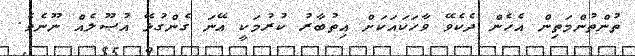
ތުންތުންމަތިން އެހެން ދެކެވޭ ވާހަކައަކަށް އިތުބާރު ކުރުމަކީ އޭނަ ގެންގުޅޭ އުޞޫލެއް ނޫނެވެ.